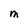
Character: M